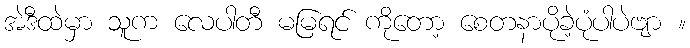
အဲဒီထဲမှာ သူက လေပါတီ မမြရင် ကိုတော့ စေတနာပိုခဲ့ပုံပါပဲဗျာ ။